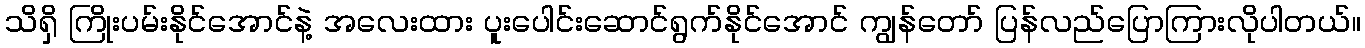
သိရှိ ကြိုးပမ်းနိုင်အောင်နဲ့ အလေးထား ပူးပေါင်းဆောင်ရွက်နိုင်အောင် ကျွန်တော် ပြန်လည်ပြောကြားလိုပါတယ်။